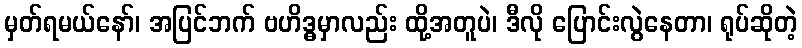
မှတ်ရမယ်နော်၊ အပြင်ဘက် ဗဟိဒ္ဓမှာလည်း ထို့အတူပဲ၊ ဒီလို ပြောင်းလွဲနေတာ၊ ရုပ်ဆိုတဲ့